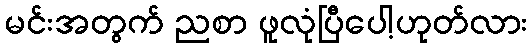
မင်းအတွက် ညစာ ဖူလုံပြီပေါ့ဟုတ်လား